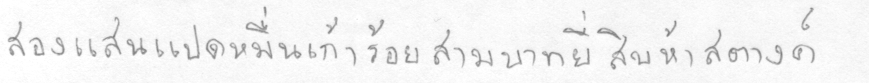
สองแสนแปดหมื่นเก้าร้อยสามบาทยี่สิบห้าสตางค์